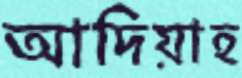
আদিয়াহ